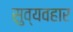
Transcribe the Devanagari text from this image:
सुव्यवहार